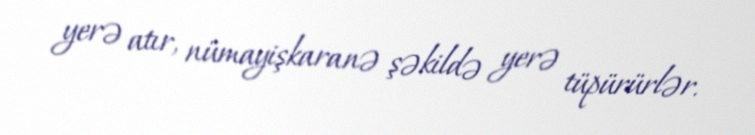
yerə atır, nümayişkaranə şəkildə yerə tüpürürlər.